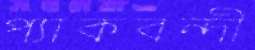
প্যাকবন্দী